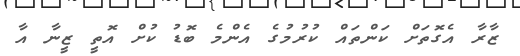
ޒާރާ އެގޮތަށް ކަންތައް ކުރުމުގެ އެންމެ ބޮޑު ކުށް އޮތީ ޒީނާ އާ